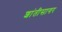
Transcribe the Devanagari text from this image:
शांतीसागर